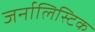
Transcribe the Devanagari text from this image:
जर्नालिस्टिक